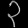
Digit: ၃